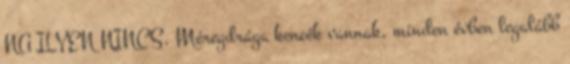
NA ILYEN NINCS. Méregdrága kencék vannak, minden évben legalább